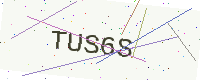
Text: TUS6S